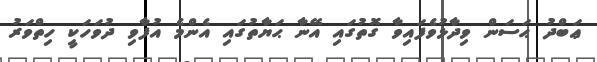
ޢަބްދު ޙަސަން ވިދާޅުވެފައިވާ ގޮތުގައި އޭނާ ޙަޔާތުގައި އެންމެ އުފާވި ދުވަހަކީ ހިތްވަރު